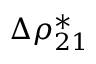
\Delta \rho _ { 2 1 } ^ { * }